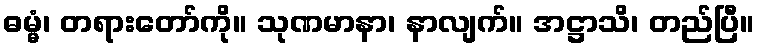
ဓမ္မံ၊ တရားတော်ကို။ သုဏမာနာ၊ နာလျက်။ အဋ္ဌာသိ၊ တည်ပြီ။